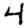
Digit: 4